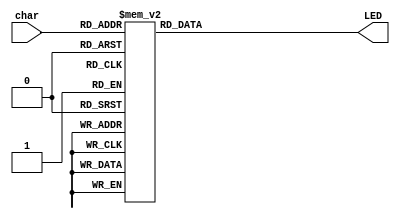
`timescale 1ns / 1ps

module LEDdecoder(char, LED);
    input [3:0] char;
    output reg [6:0] LED;

    always @(char) begin
        case (char)
                         //ABCDEFG
            4'h0: LED = 7'b0000001;
            4'h1: LED = 7'b1001111;
            4'h2: LED = 7'b0010010;
            4'h3: LED = 7'b0000110;
            4'h4: LED = 7'b1001100;
            4'h5: LED = 7'b0100100;
            4'h6: LED = 7'b0100000;
            4'h7: LED = 7'b0001111;
            4'h8: LED = 7'b0000000;
            4'h9: LED = 7'b0000100;
            4'ha: LED = 7'b0001000;
            4'hb: LED = 7'b1100000;
            4'hc: LED = 7'b0110001;
            4'hd: LED = 7'b1000010;
            4'he: LED = 7'b0110000;
            4'hf: LED = 7'b0111000;
            default: LED = 7'b1101100; //Signal to show out-of-region characters.
        endcase
    end

endmodule